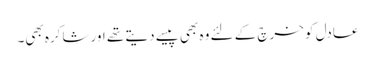
عادل کو خرچ کے لئے وہ بھی پیسے دیتے تھے اور شاکرہ بھی۔